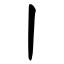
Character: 丨